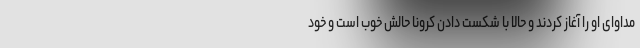
مداوای او را آغاز کردند و حالا با شکست دادن کرونا حالش خوب است و خود